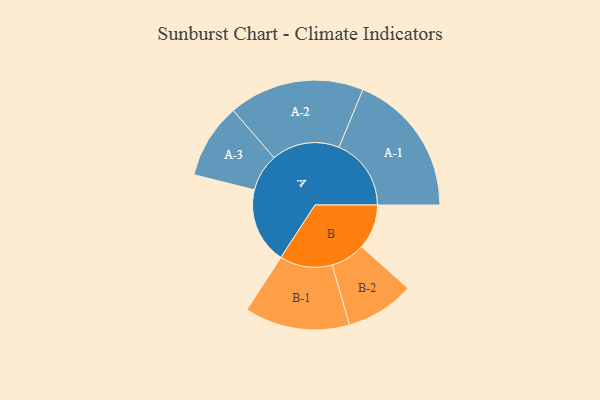
{"axis": {"x": "Segment", "y": "Value"}, "legend": ["", "A", "B"], "data": [{"x": "A", "y": 263, "type": ""}, {"x": "B", "y": 155, "type": ""}, {"x": "A-1", "y": 250, "type": "A"}, {"x": "A-2", "y": 235, "type": "A"}, {"x": "A-3", "y": 130, "type": "A"}, {"x": "B-1", "y": 182, "type": "B"}, {"x": "B-2", "y": 119, "type": "B"}]}